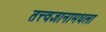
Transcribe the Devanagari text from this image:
तत्त्वज्ञानामधला